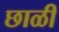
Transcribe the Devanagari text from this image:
छाळी